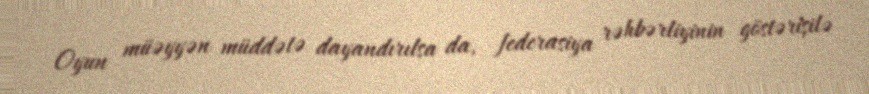
Oyun müəyyən müddətə dayandırılsa da, federasiya rəhbərliyinin göstərişilə